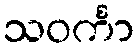
သဝင်္ကာ